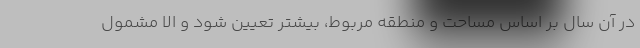
در آن سال بر اساس مساحت و منطقه مربوط، بیشتر تعیین شود و الا مشمول